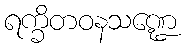
ရက္ခိတဝနသဏ္ဍေ